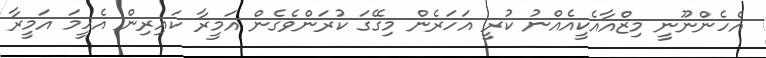
އެހެންނޫނީ މިޒްއާއެކީއެއްނު ކުރީ އަހަރެން މިގޭގަ ކުރަންވެގެން އަމީރާ ކައިރިން އެހީމަ އަމީރާ